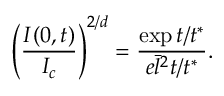
\left( \frac { I ( 0 , t ) } { I _ { c } } \right) ^ { 2 / d } = \frac { \exp { t / t ^ { * } } } { e \bar { l } ^ { 2 } t / t ^ { * } } .